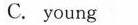
C. young